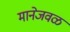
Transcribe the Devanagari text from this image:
मानेजवळ